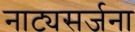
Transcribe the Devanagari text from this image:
नाट्यसर्जना